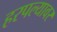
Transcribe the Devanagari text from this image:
हरपल्यावर